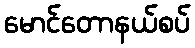
မောင်တောနယ်စပ်